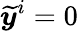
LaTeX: \widetilde{\boldsymbol y}^{i}=0